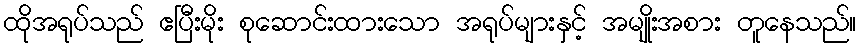
ထိုအရုပ်သည် ဧပြီးမိုး စုဆောင်းထားသော အရုပ်များနှင့် အမျိုးအစား တူနေသည်။